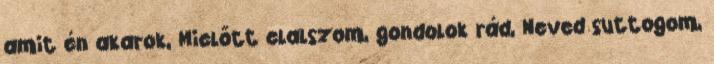
amit én akarok, Mielőtt elalszom, gondolok rád, Neved suttogom,